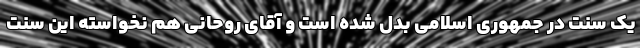
یک سنت در جمهوری اسلامی بدل شده است و آقای روحانی هم نخواسته این سنت